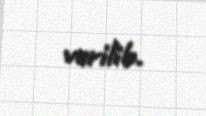
verilib.